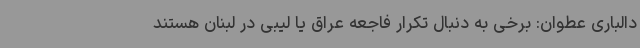
دالباری عطوان: برخی به دنبال تکرار فاجعه عراق یا لیبی در لبنان هستند